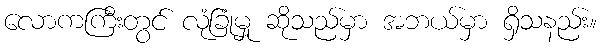
လောကကြီးတွင် လုံခြုံမှု ဆိုသည်မှာ အဘယ်မှာ ရှိသနည်း။